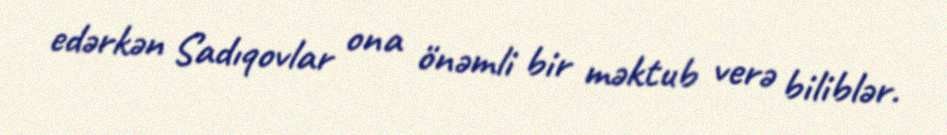
edərkən Sadıqovlar ona önəmli bir məktub verə biliblər.